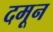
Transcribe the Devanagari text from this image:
दमून